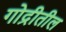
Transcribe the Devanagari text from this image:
गोद्रीतील